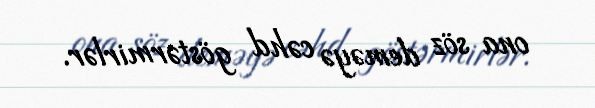
ona söz deməyə cəhd göstərmirlər.